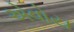
એવોય